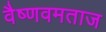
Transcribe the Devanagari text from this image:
वैष्णवमताज